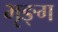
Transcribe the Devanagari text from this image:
भृङ्ग